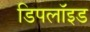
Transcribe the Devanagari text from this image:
डिपलॉइड